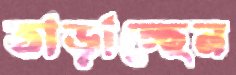
তাড়াচ্ছেন